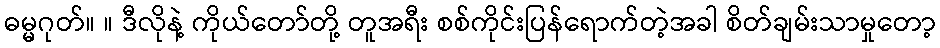
ဓမ္မဂုတ်။ ။ ဒီလိုနဲ့ ကိုယ်တော်တို့ တူအရီး စစ်ကိုင်းပြန်ရောက်တဲ့အခါ စိတ်ချမ်းသာမှုတော့